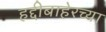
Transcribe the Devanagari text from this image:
हद्दीबाहेरच्या